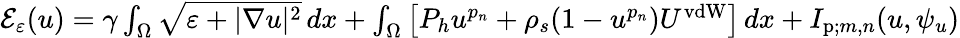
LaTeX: \begin{array}{r}{\mathcal E_{\varepsilon}(u)=\gamma\int_{\Omega}\sqrt{\varepsilon+|\nabla u|^{2}}\, dx+\int_{\Omega}\left[P_{h}u^{p_{n}}+\rho_{s}(1-u^{p_{n}})U^{\mathrm{vdW}}\right]\, dx+I_{\mathrm{p};m,n}(u,\psi_{u})}\end{array}